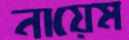
নায়েম